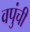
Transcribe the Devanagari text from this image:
वपुंची